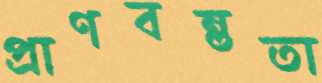
প্রাণবন্ততা